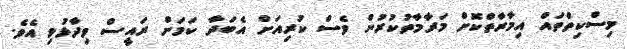
މިސްކިތްތައް އިމާރާތްކޮށް މަރާމާތުކުރުން ވެސް ކުރިއަށް އެބަދާ ކަމަށް ރައީސް ވިދާޅުވި އެވެ.